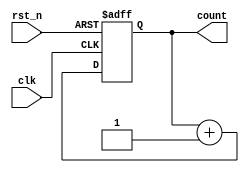
module synchronous_counter (
    input wire clk,          // Clock input
    input wire rst_n,       // Active-low reset
    output reg [3:0] count   // 4-bit counter output
);

// Always block triggered on the rising edge of the clock
always @(posedge clk or negedge rst_n) begin
    if (!rst_n) begin
        // Asynchronous reset
        count <= 4'b0000;   // Reset count to 0
    end else begin
        // Increment count
        count <= count + 1; // Non-blocking assignment for concurrent execution
    end
end

endmodule